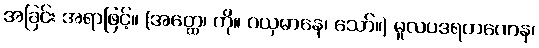
အခြင်း အရာဖြင့်။ (အတ္ထေ၊ ကို။ ဂယှမာနေ၊ သော်။) မူလပဒရဟဏေန၊